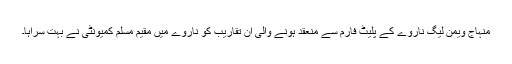
منہاج ویمن لیگ ناروے کے پلیٹ فارم سے منعقد ہونے والی ان تقاریب کو ناروے میں مقیم مسلم کمیونٹی نے بہت سراہا۔